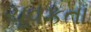
ચૂવકતા